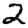
Digit: 2